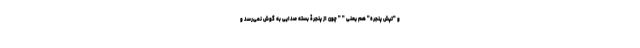
و "تپش پنجره" هم یعنی " " چون از پنجرۀ بسته صدایی به گوش نمی‌رسد و